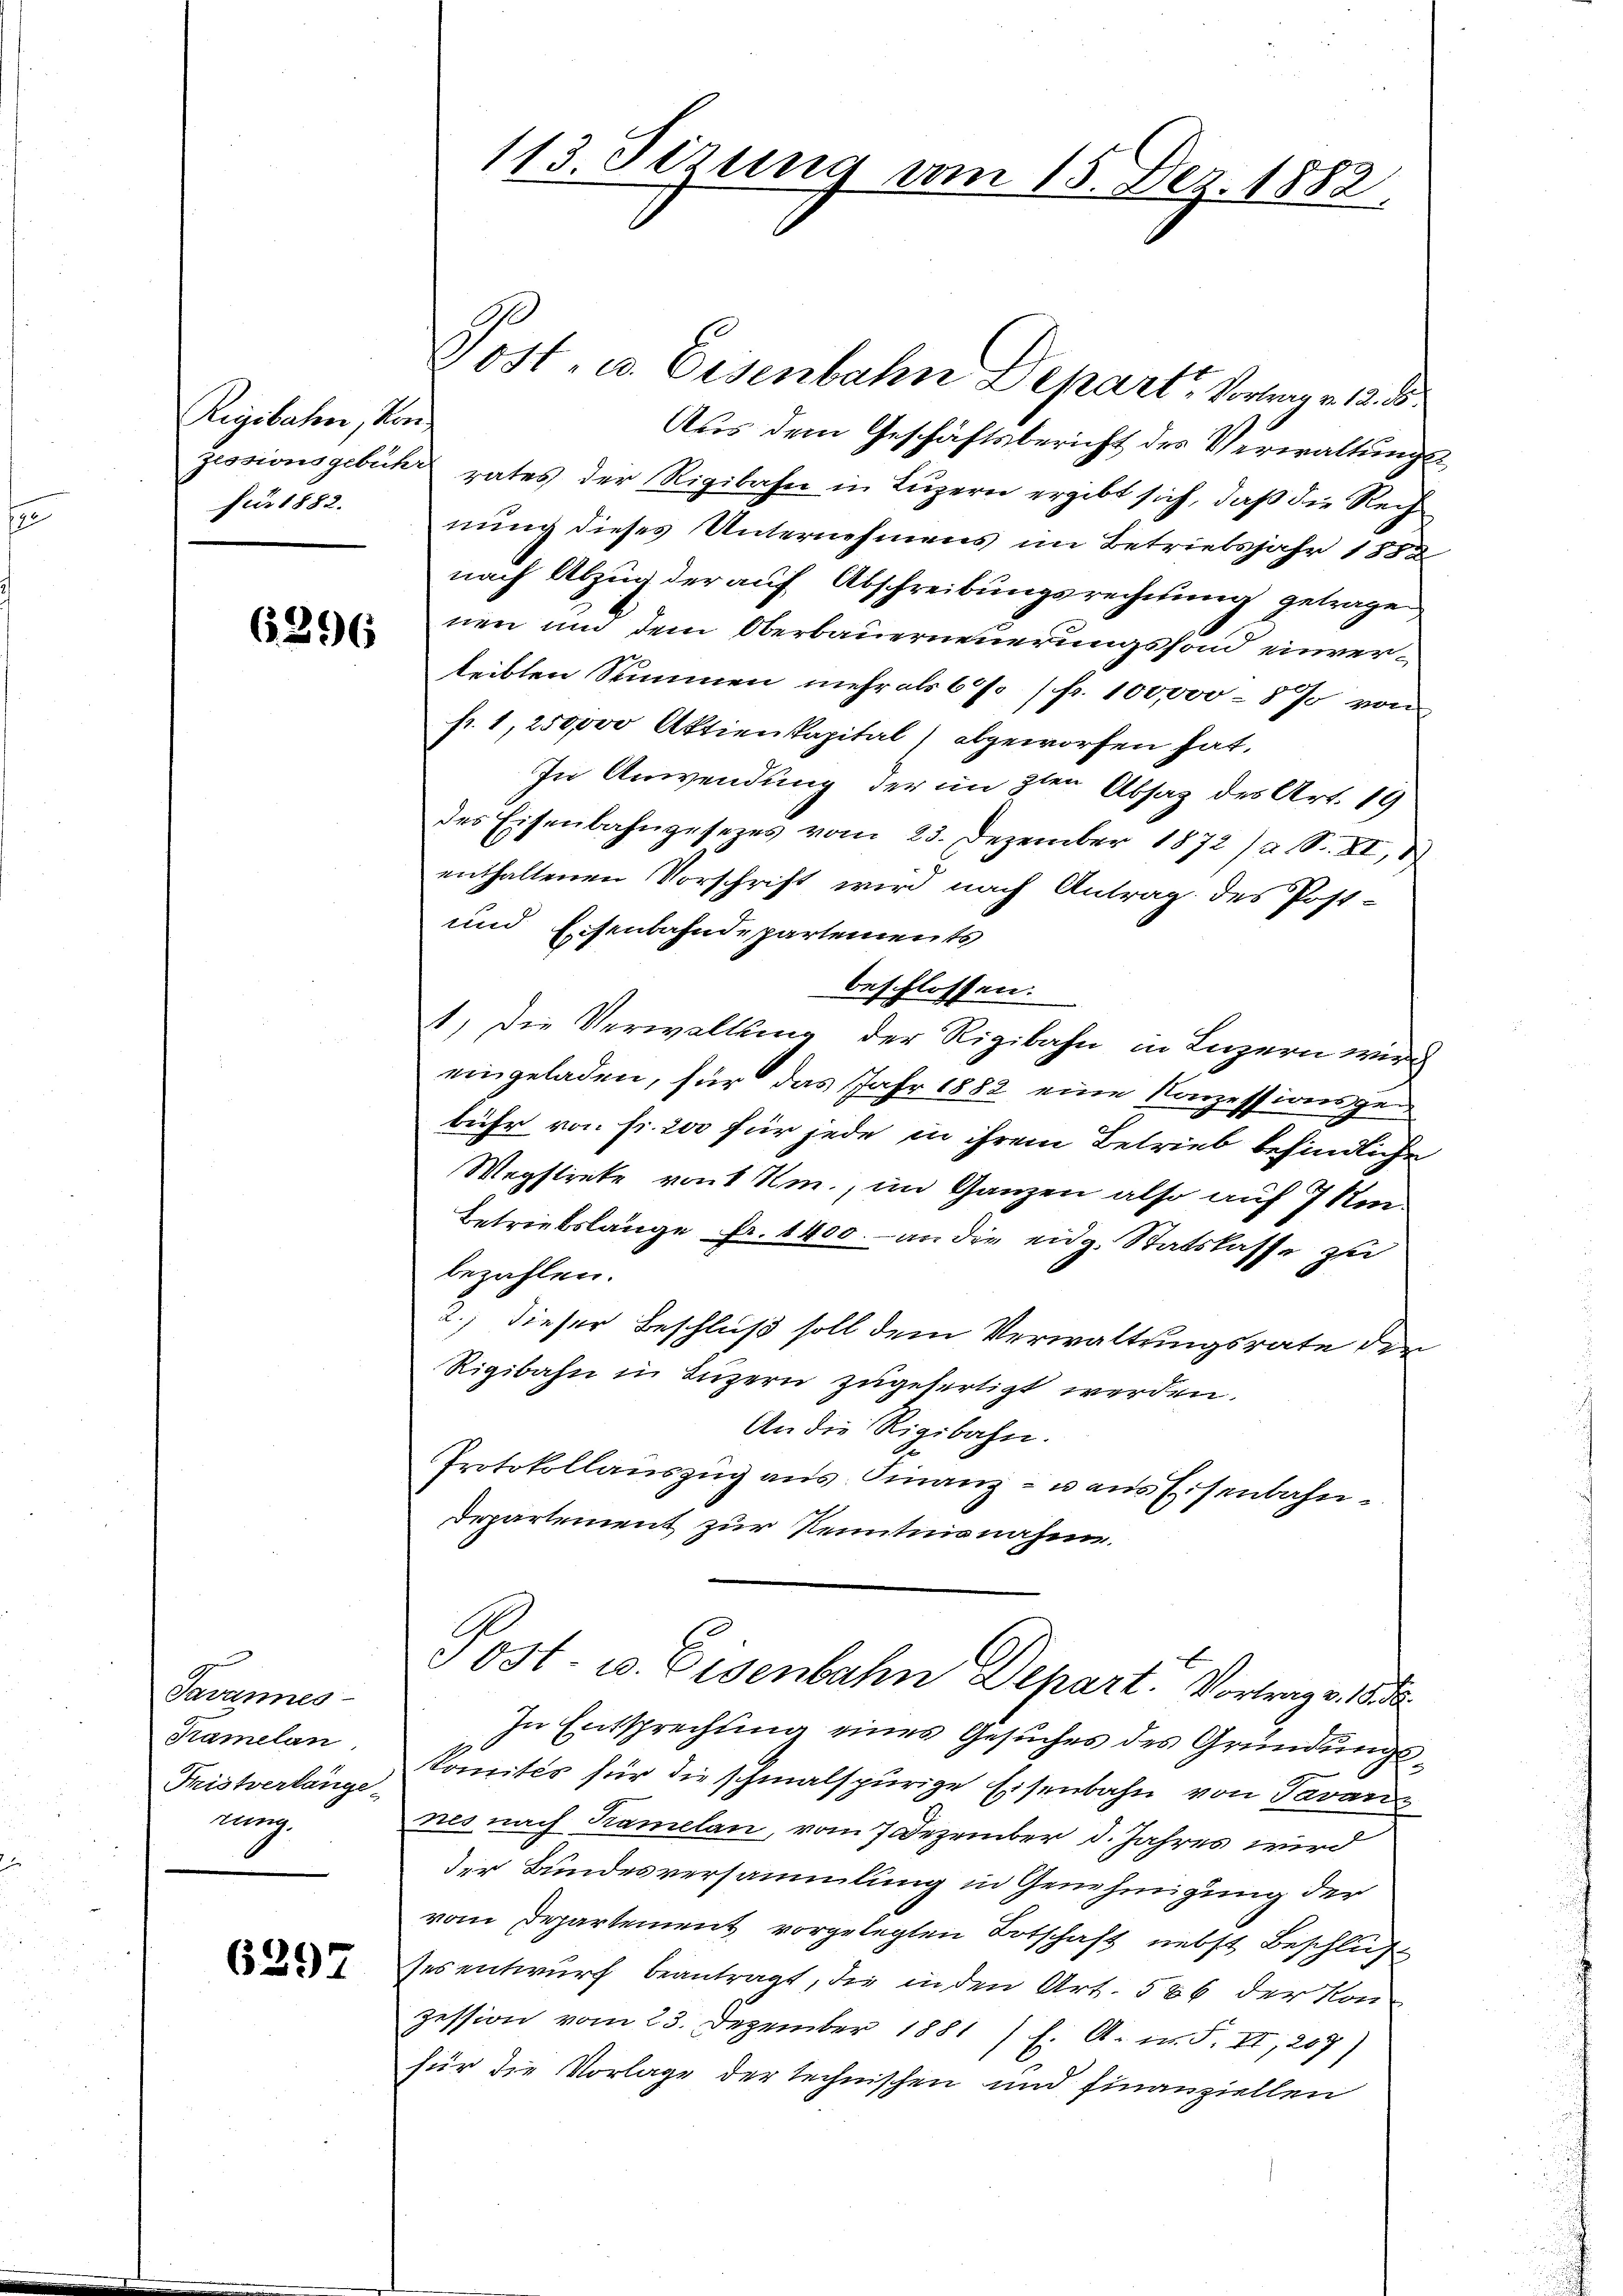
Rigibahn, Konfür 1882.

6296

Javannes
Kramelan
Fristverlänge
nung

6297

113 Tirung vom 15. Dez. 1882.

Vost, u. Eisenbahn Depart, Vortrag v. 12. d.
Aus dem Geschäftsbericht des Verwaltungs¬
Zessionsgebühr rates der Rigibahn in Luzern ergibt sich, daß die Rech
nung dieses Unternehmens im Betriebsjahr 1882
nach Abzug der auf Abschreibungsrechnung getrage
nen und dem Oberbauerneuerungsfond einverleibten Summen mehr als 60% (fr. 100,000 - 8 % von
fr. 1, 250000 Aktienkapital abgeworfen hat.
In Anwendung der im 3ten Absatz des Art. 19
des Eisenbahngesezes vom 23. Dezember 1872/a S. XI,
enthaltenen Vorschrift wird nach Antrag des Post-
und Eisenbahndepartements
beschlossen.
1. Die Verwaltung der Rigibahn in Luzern wird
eingeladen, für das Jahr 1882 eine Konzessionsgebühr von Fr. 200 für jede in ihrem Betrieb befindliche
Wegstreke von Am., im Ganzen also auf 7 Um¬
Betriebslänge Fr. 1400. an die eidg. Statslasse zu
bezahlen.
2.) dieser Beschluß soll dem Verwaltungsrate der
Rigibahn in Luzern zugefertigt werden.
An die Rigibahn.
Protokollauszug aus Finanz- u aus Eisenbahn¬
Departement zur Kenntnisnahme.
Jost u. Eisenbahn Depart. Vortrag v. 18
In Entsprechung eines Gesuches des Gründungs¬
Komités für die schmalspurige Eisenbahn von Tavanz
nes nach Kamelan, vom 7 Dezember d. Jahres wird
der Bundesversammlung in Genehmigung der
vom Departement vorgelegten Botschaft nebst Beschluß
ses entwurf beantragt, die in den Art. 586 der Kon
zession vom 23. Dezember 1881 f. A. n. F. II, 207)
für die Vorlage der technischen und finanziellen